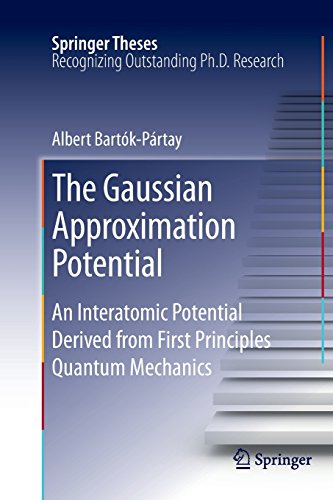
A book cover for The Gaussian Approximation Potential: An Interatomic Potential Derived from First Principles Quantum Mechanics (Springer Theses); Albert BartÃ³k-PÃ¡rtay; Science & Math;